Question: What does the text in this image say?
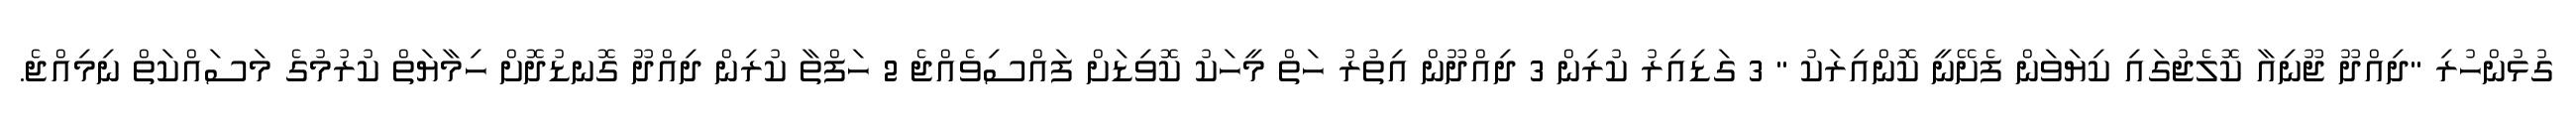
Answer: ގުޅުންހުރި "ދިއްދޫ ޖޫނިއާ ކޮލެޖުގައި ކިޔަވަން ފެށޭނީ ކޮންއިރަކު " 3 ގަޑިއިރު ކުރިން 3 ދިއްދޫން އިތުރު ހަތް މީހަކު ކޮވިޑަށް ފައްސިވެއްޖެ 2 ހަފްތާ ކުރިން ދިއްދޫ ގޮނޑުދޮށް ހިމާޔަތް ކުރުމުގެ މަސައްކަތް ނިމިއްޖެ.